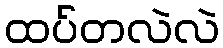
ထပ်တလဲလဲ